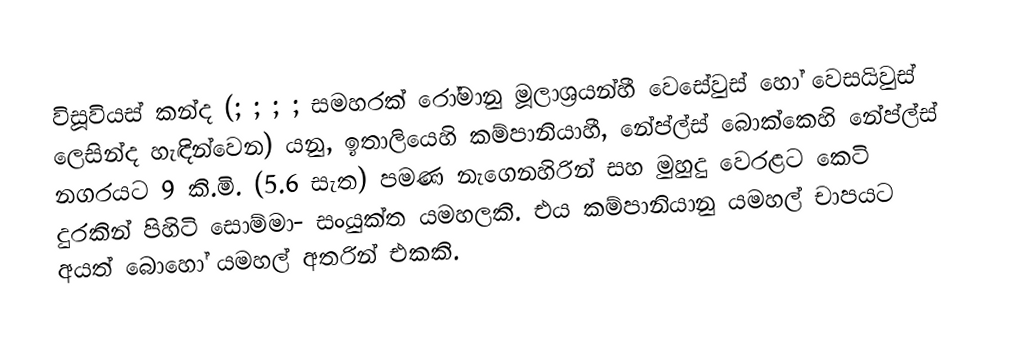
විසූවියස් කන්ද (;  ; ;  ; සමහරක් රෝමානු මූලාශ්‍රයන්හී වෙසේවුස් හෝ වෙසයිවුස් ලෙසින්ද හැඳින්වෙන) යනු,  ඉතාලියෙහි කම්පානියාහී, නේප්ල්ස් බොක්කෙහි  නේප්ල්ස් නගරයට 9 කි.මි. (5.6 සැත) පමණ නැගෙනහිරින් සහ මුහුදු වෙරළට කෙටි දුරකින් පිහිටි  සොම්මා- සංයුක්ත යමහලකි. එය  කම්පානියානු යමහල් චාපයට අයත් බොහෝ යමහල් අතරින් එකකි.